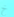
خ